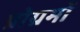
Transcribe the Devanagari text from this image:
प्रोग्रमों